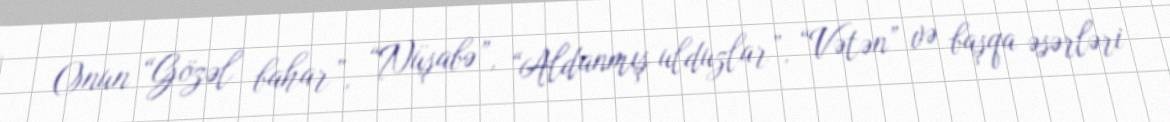
Onun “Gözəl bahar”, “Nüşabə”, “Aldanmış ulduzlar”, “Vətən” və başqa əsərləri